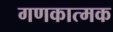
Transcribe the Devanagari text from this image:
गणकात्मक